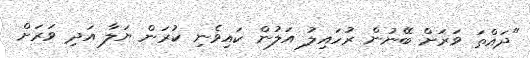
"ދައްތަ ވަރަށް ބޭނުން ރުހައިލު އަލުން ކައިވެނި ކުރަން ޔަލާ އަދި ވަރަށް